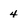
Character: 4